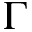
\Gamma